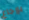
بإرجاع